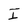
Character: I